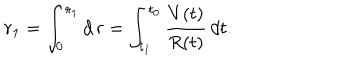
r _ { 1 } = \int _ { 0 } ^ { r _ { 1 } } d \, r = \int _ { t _ { 1 } } ^ { t _ { 0 } } \frac { V ( t ) } { R ( t ) } \, d t .